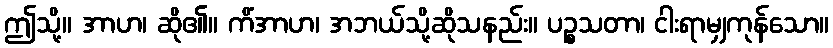
ဤသို့။ အာဟ၊ ဆို၏။ ကိံအာဟ၊ အဘယ်သို့ဆိုသနည်း။ ပဉ္စသတာ၊ ငါးရာမျှကုန်သော။